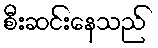
စီးဆင်းနေသည်